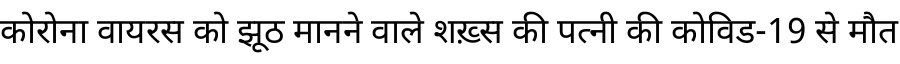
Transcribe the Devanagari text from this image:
कोरोना वायरस को झूठ मानने वाले शख़्स की पत्नी की कोविड-19 से मौत